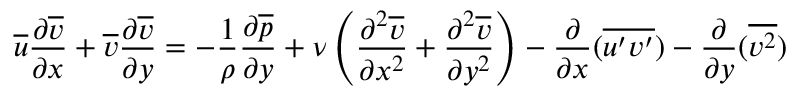
{ \overline { { u } } } { \frac { \partial { \overline { { v } } } } { \partial x } } + { \overline { { v } } } { \frac { \partial { \overline { { v } } } } { \partial y } } = - { \frac { 1 } { \rho } } { \frac { \partial { \overline { { p } } } } { \partial y } } + \nu \left( { \frac { \partial ^ { 2 } { \overline { { v } } } } { \partial x ^ { 2 } } } + { \frac { \partial ^ { 2 } { \overline { { v } } } } { \partial y ^ { 2 } } } \right) - { \frac { \partial } { \partial x } } ( { \overline { { u ^ { \prime } v ^ { \prime } } } } ) - { \frac { \partial } { \partial y } } ( { \overline { { v ^ { 2 } } } } )